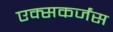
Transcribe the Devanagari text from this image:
एक्सकर्जंस